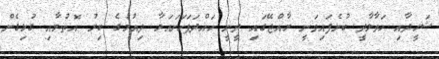
ޝަހީދާއި ހަވާލާދީ ބުނެފައިވަނީ ރާއްޖޭގައި ދީނީ ހައްދަފަހަނައަޅާ ދިއުމުގެ ބިރު އޮތުމާއި ގުޅިގެން